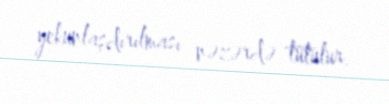
yekunlaşdırılması nəzərdə tutulur.